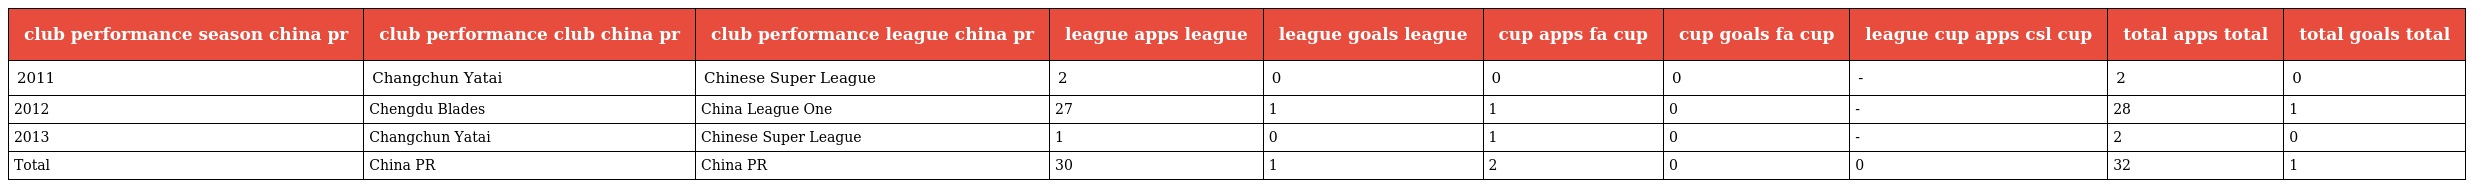
| club performance season china pr | club performance club china pr | club performance league china pr | league apps league | league goals league | cup apps fa cup | cup goals fa cup | league cup apps csl cup | total apps total | total goals total |
 | --- | --- | --- | --- | --- | --- | --- | --- | --- | --- |
 | 2011 | Changchun Yatai | Chinese Super League | 2 | 0 | 0 | 0 | - | 2 | 0 |
 | 2012 | Chengdu Blades | China League One | 27 | 1 | 1 | 0 | - | 28 | 1 |
 | 2013 | Changchun Yatai | Chinese Super League | 1 | 0 | 1 | 0 | - | 2 | 0 |
 | Total | China PR | China PR | 30 | 1 | 2 | 0 | 0 | 32 | 1 |